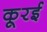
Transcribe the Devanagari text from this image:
कूरई